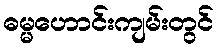
ဓမ္မဟောင်းကျမ်းတွင်